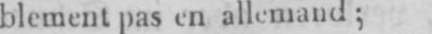
blement pas en allemand;